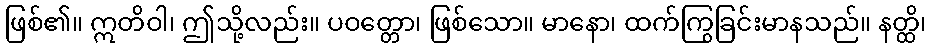
ဖြစ်၏။ ဣတိဝါ၊ ဤသို့လည်း။ ပဝတ္တော၊ ဖြစ်သော။ မာနော၊ ထက်ကြွခြင်းမာနသည်။ နတ္ထိ၊